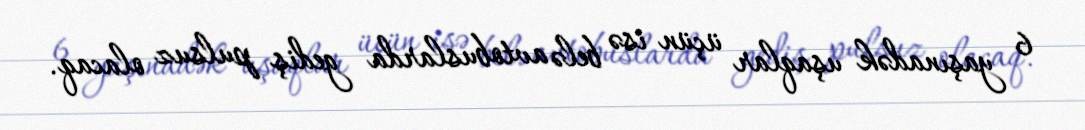
6 yaşınadək uşaqlar üçün isə belə avtobuslarda gediş pulsuz olacaq.